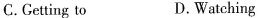
C. Geting to D.Watching